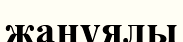
жанұялы